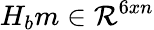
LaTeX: H_{b}m\in\mathcal{R}^{6xn}